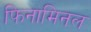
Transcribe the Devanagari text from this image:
फिनामिनल